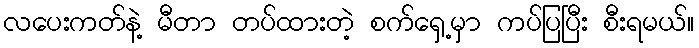
လပေးကတ်နဲ့ မီတာ တပ်ထားတဲ့ စက်ရှေ့မှာ ကပ်ပြပြီး စီးရမယ်။